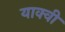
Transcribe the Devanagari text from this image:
याक्वी